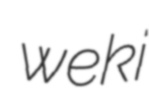
weki